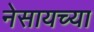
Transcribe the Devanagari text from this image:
नेसायच्या